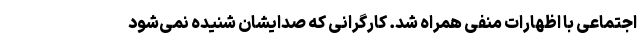
اجتماعی با اظهارات منفی همراه شد. کارگرانی که صدایشان شنیده نمی‌شود